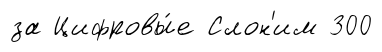
за Цифровы́е Слон'им 300